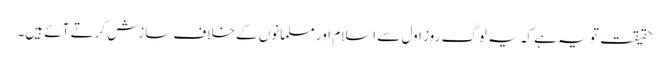
حقیقت تو یہ ہے کہ یہ لوگ روز اول سے اسلام اور مسلمانوں کے خلاف سازش کرتے آئے ہیں۔